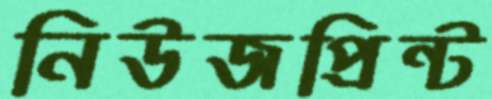
নিউজপ্রিন্ট